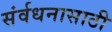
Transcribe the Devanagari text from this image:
संर्वधनासाठी